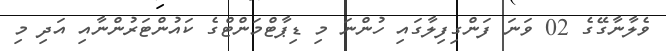
ވެލާނާގޭގެ 02 ވަނަ ފަންގިފިލާގައި ހުންނަ މި ޑިޕާޓްމަންޓްގެ ކައުންޓަރުންނާއި އަދި މި